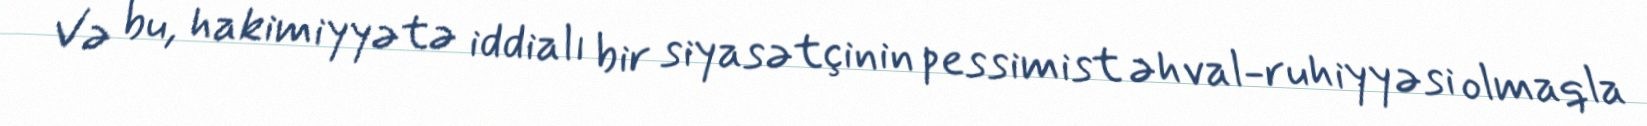
Və bu, hakimiyyətə iddialı bir siyasətçinin pessimist əhval-ruhiyyəsi olmaqla